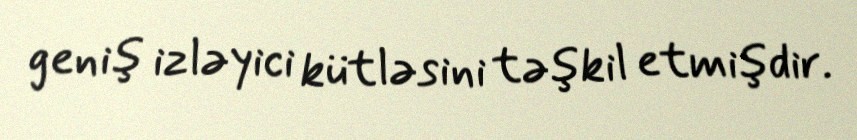
geniş izləyici kütləsini təşkil etmişdir.